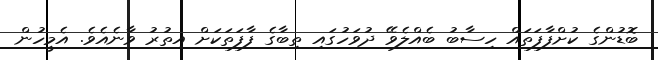
ބޮޑުންގެ ކުށްފާފަތައް ހިސާބު ބެއްލެވޭ ދުވަހުގައި ތިބާގެ ފާފަތަކަށް އިތުރު ވާނެއެވެ. އެމީހުން